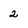
Character: 2